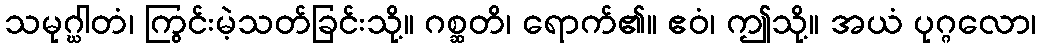
သမုဂ္ဃါတံ၊ ကြွင်းမဲ့သတ်ခြင်းသို့။ ဂစ္ဆတိ၊ ရောက်၏။ ဧဝံ၊ ဤသို့။ အယံ ပုဂ္ဂလော၊